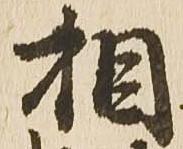
相